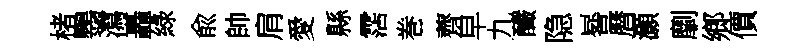
楮鸚瀉轟綠兪帥肩愛縣霑巻薺皁九釅隐晷曆灝劘鄉價